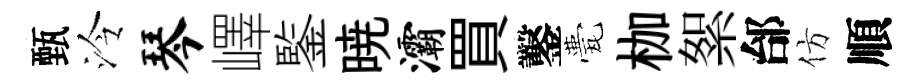
甄泠琴嶧鍳暁灞買鑿甍枷絮邰仿順